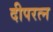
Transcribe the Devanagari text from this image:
दीपरत्न